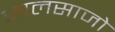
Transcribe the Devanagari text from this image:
जालसाजो